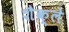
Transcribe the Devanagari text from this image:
शैक्ले